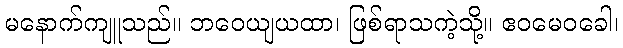
မနောက်ကျူသည်။ ဘဝေယျယထာ၊ ဖြစ်ရာသကဲ့သို့။ ဧဝမေဝခေါ၊